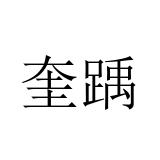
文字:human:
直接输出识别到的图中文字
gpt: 奎踽